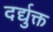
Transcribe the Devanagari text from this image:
दर्द्युक्त